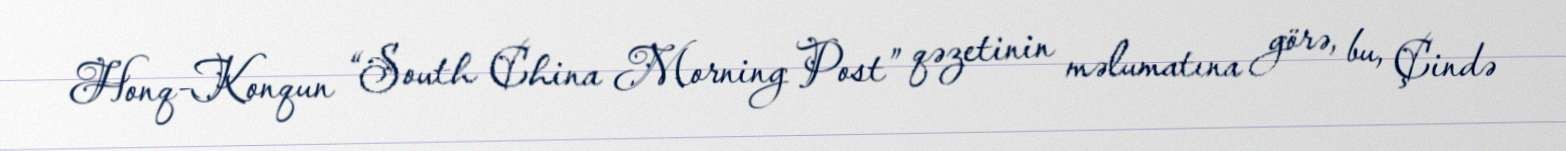
Honq-Konqun “South China Morning Post” qəzetinin məlumatına görə, bu, Çində